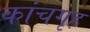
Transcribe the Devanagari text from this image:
कांचगृह